Annual report of the Civil Veterinary Department, Bengal, and of the Bengal Veterinary College for the year 1903-1904 - 1903-1904
Year: 1903
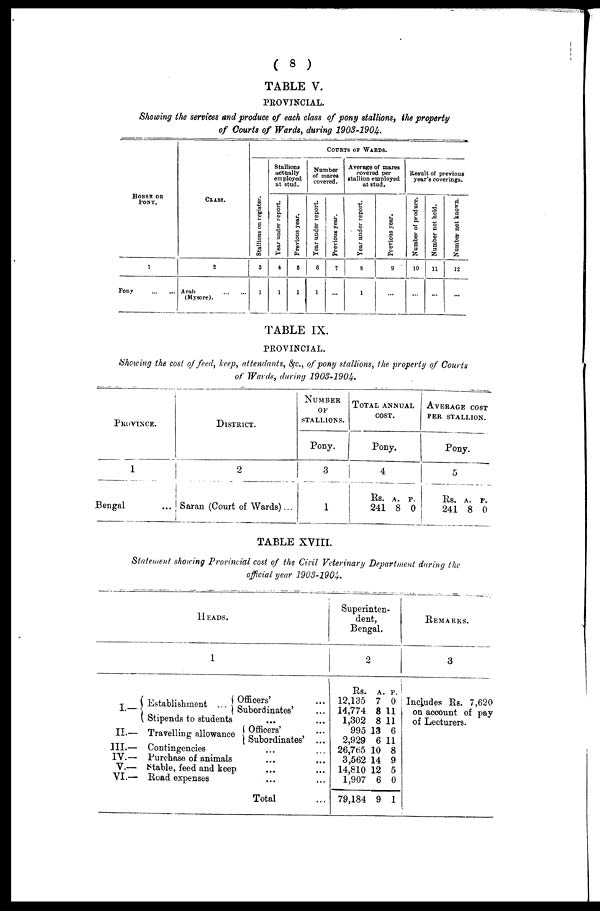
( 8 )
TABLE V.
PROVINCIAL.
Showing the services and produce of each class of pony stallions, the property
of Courts of Wards, during 1903-1904.
HORSE OR
PONY.
1
Pony
...
...
CLASS.
2
Arab
(Mysore).
COURTS OF WARDS.
St al l
i
ons on register.
3
1
Stallions
actually
employed
at stud.
Year under report.
4
1
Previous year.
5
1
Number
of mares
covered.
Year under report.
6
1
Previous year.
7
...
Average of mares
covered per
stallion employed
at stud.
Year under report.
8
1
Previous year.
9
...
Result of previous
year's coverings.
Number of produce.
10
...
Number not held.
11
...
Number not known.
12
...
TABLE IX.
PROVINCIAL.
Showing the cost of feed, keep, attendants, &c., of pony stallions, the property of Courts
of Wards, during 1903-1904..
PROVINCE.
1
Bengal
DISTRICT.
2
Saran (Court of Wards) ...
NUMBER
OF
STALLIONS.
Pony.
3
1
TOTAL ANNUAL
COST.
Pony.
4
Rs.
241
A.
8
P.
0
AVERAGE COST
PER STALLION.
Pony.
5
Rs.
241
A.
8
P.
0
TABLE XVIII.
Statement showing Provincial cost of the Civil Veterinary Department during the
official year 1903-l904.
HEADS.
1
I—
II.—
III.—
IV.—
V.—
VI.—
Establishment
Officers' ...
Subordinates' ...
Stipends to students ... ....
Travelling allowance Officers' ...
Subordinates' ...
Contingencies ... ...
Purchase of animals ... ...
Stable, feed and keep .... ...
Road expenses
... ...
Total ...
Superinten-
dent,
Bengal.
2
Rs.
12,135
14,774
1,302
995
2,929
26,765
3,562
14,810
1,907
79,184
A.
7
8
8
13
6
10
14
12
6
9
P.
0
11
11
6
11
8
9
5
0
1
REMARKS.
3
Includes Rs. 7,620
on account of pay
of Lecturers.